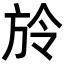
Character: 𣃠